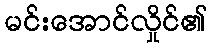
မင်းအောင်လှိုင်၏